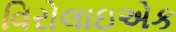
વિરોલાઇએક